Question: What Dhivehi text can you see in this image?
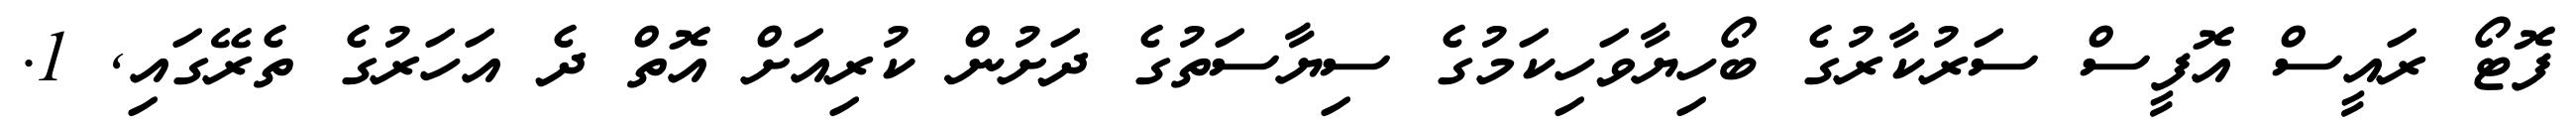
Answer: ފޮޓޯ ރައީސް އޮފީސް ސަރުކާރުގެ ބޯހިޔާވަހިކަމުގެ ސިޔާސަތުގެ ދަށުން ކުރިއަށް އޮތް ދެ އަހަރުގެ ތެރޭގައި, 1.